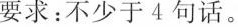
要求：不少于4句话。